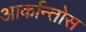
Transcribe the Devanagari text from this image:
आर्कान्तोस